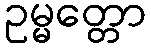
ဥမ္မတ္တော